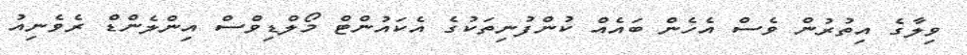
ވިލާގެ އިތުރުން ވެސް އެހެން ބައެއް ކުންފުނިތަކުގެ އެކައުންޓް މޯލްޑިވްސް އިންލެންޑް ރެވެނިއު